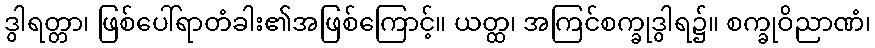
ဒွါရတ္တာ၊ ဖြစ်ပေါ်ရာတံခါး၏အဖြစ်ကြောင့်။ ယတ္ထ၊ အကြင်စက္ခုဒွါရ၌။ စက္ခုဝိညာဏံ၊